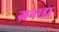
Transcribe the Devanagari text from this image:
ग्रनाडा